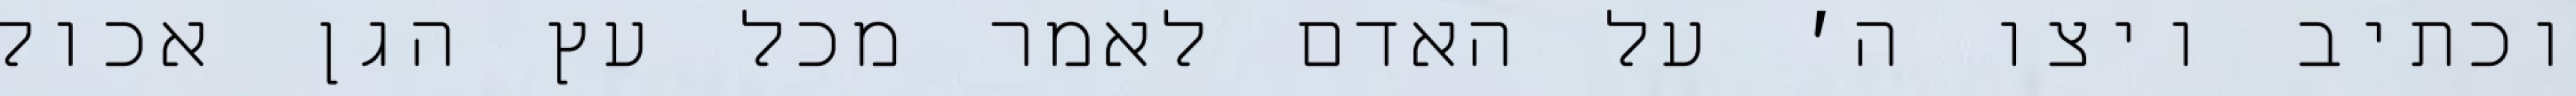
וכתיב ויצו ה׳ על האדם לאמר מכל עץ הגן אכול